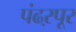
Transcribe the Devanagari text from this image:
पंढऱपूर